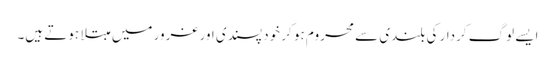
ایسے لوگ کردار کی بلندی سے محروم ہو کر خود پسندی اور غرور میں مبتلا ہوتے ہیں۔